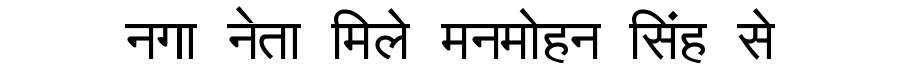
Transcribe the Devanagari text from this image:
नगा नेता मिले मनमोहन सिंह से